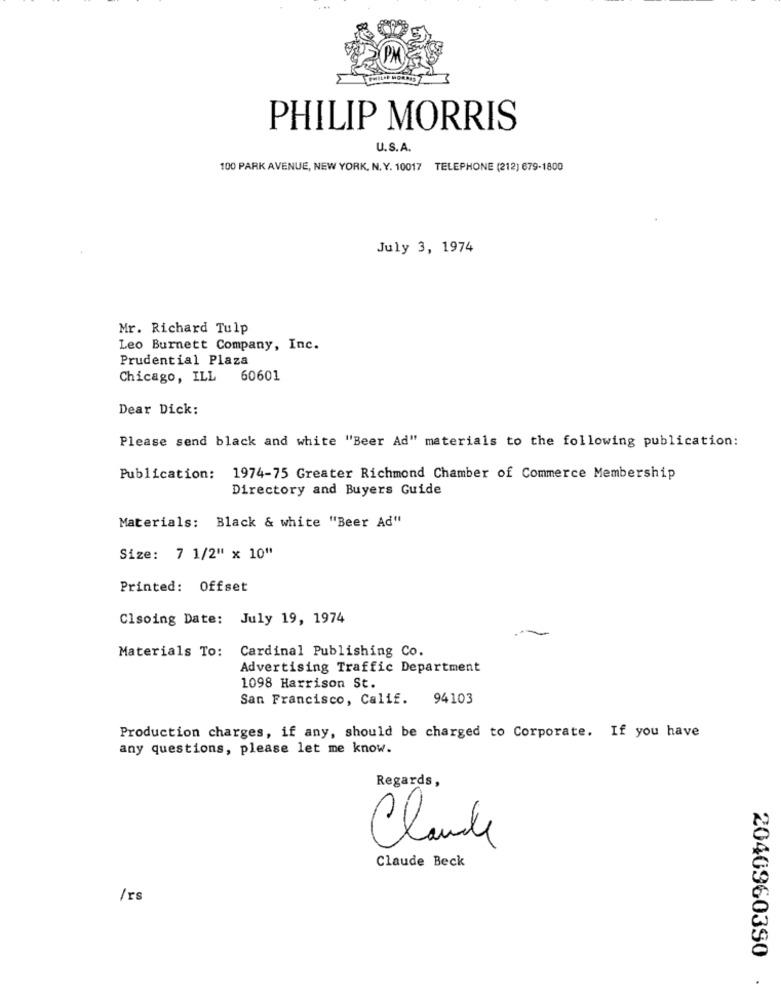
PHILIP MORRIS
U.S.A.
100 PARK AVENUE, NEW YORK, N. Y. 10017 TELEPHONE (212) 679-1800
July 3, 1974
Mr. Richard Tulp
Leo Burnett Company, Inc.
Prudential Plaza
Chicago, ILL
60601
Dear Dick:
Please send black and white "Beer Ad" materials to the following publication:
Publication: 1974-75 Greater Richmond Chamber of Commerce Membership
Directory and Buyers Guide
Materials: Black & white "Beer Ad"
Size: 7 1/2" x 10"
Printed: Offset
Clsoing Date: July 19, 1974
Materials To: Cardinal Publishing Co.
Advertising Traffic Department
1098 Harrison St.
San Francisco, Calif.
94103
Production charges, if any, should be charged to Corporate. If you have
any questions, please let me know.
Regards,
Claude
Claude Beck
/ rs
2040960390